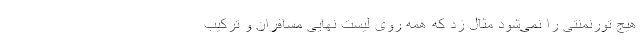
هیچ تورنمنتی را نمی‌شود مثال زد که همه روی لیست نهایی مسافران و ترکیب